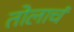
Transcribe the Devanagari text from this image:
तोलाचं